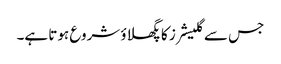
جس سے گلیشرز کا پگھلاؤ شروع ہوتا ہے۔